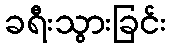
ခရီးသွားခြင်း